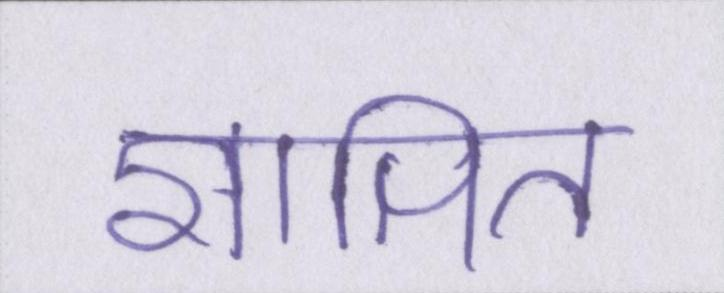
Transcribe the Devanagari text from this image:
ज्ञापित